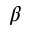
\beta